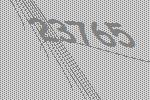
23765